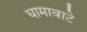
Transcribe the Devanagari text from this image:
घामावाटे